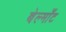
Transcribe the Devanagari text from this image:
बेल्माँट